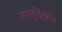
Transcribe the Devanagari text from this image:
तरतुदिंनुसार